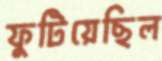
ফুটিয়েছিল